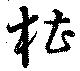
槽